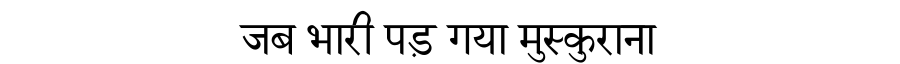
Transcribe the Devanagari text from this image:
जब भारी पड़ गया मुस्कुराना